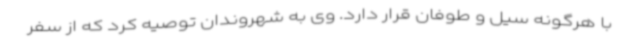
با هرگونه سیل و طوفان قرار دارد. وی به شهروندان توصیه کرد که از سفر